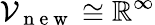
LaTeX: \mathcal{V}_{\mathrm{~n~e~w~}}\cong\mathbb{R}^{\infty}